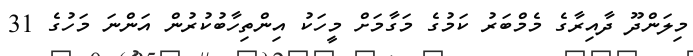
މިލަންދޫ ދާއިރާގެ މެމްބަރު ކަމުގެ މަގާމަށް މީހަކު އިންތިހާބުކުރުން އަންނަ މަހުގެ 31